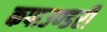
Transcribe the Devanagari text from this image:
कपाउण्डरी